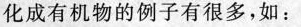
化成有机物的例子有很多，如：